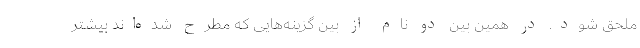
ملحق شود. در همین بین دو نام از بین گزینه‌هایی که مطرح شده‌اند بیشتر